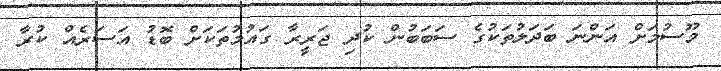
މޫސުމަށް އަންނަ ބަދަލުތަކުގެ ސަބަބުން ކުދި ޖަރީރާ ގައުމުތަކަށް ބޮޑު އަސަރެއް ކުރާ